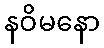
နဝိမနော